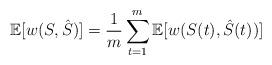
LaTeX: \begin{align*}\mathbb{E}[w(S,\hat{S})]=\frac{1}{m}\sum\limits_{t=1}^m\mathbb{E}[w(S(t),\hat{S}(t))]\end{align*}